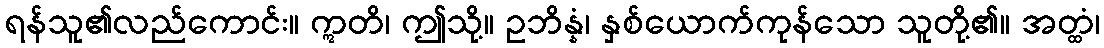
ရန်သူ၏လည်ကောင်း။ ဣတိ၊ ဤသို့။ ဥဘိန္နံ၊ နှစ်ယောက်ကုန်သော သူတို့၏။ အတ္ထံ၊